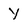
Character: Y